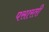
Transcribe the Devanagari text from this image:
पसारती